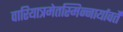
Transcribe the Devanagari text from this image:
वारियात्रमेतस्मिन्नार्यावर्तें